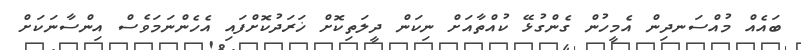
ބައެއް މުއްސަނދިން އެމީހުން ގެންގުޅޭ ކުއްތާއަށް ނިކަން ދީލަތިކޮށް ޚަރަދުކޮށްފައި އެހެންނަމަވެސް އިންސާނަކަށް